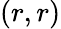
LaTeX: (r,r)